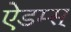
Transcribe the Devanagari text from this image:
ऐडम्स्‌